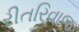
રીતરિવાજ